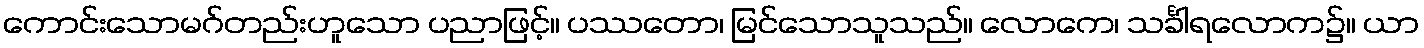
ကောင်းသောမဂ်တည်းဟူသော ပညာဖြင့်။ ပဿတော၊ မြင်သောသူသည်။ လောကေ၊ သင်္ခါရလောက၌။ ယာ